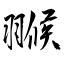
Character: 翭